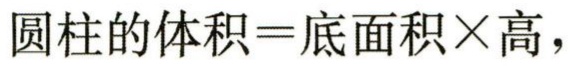
圆柱的体积=底面积×高，